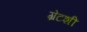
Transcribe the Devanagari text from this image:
ग्रेटशी